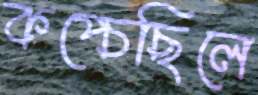
কপ্‌চেছিলে